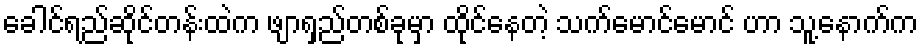
ခေါင်ရည်ဆိုင်တန်းထဲက ဖျာရှည်တစ်ခုမှာ ထိုင်နေတဲ့ သက်မောင်မောင် ဟာ သူ့နောက်က